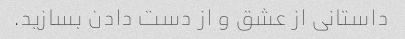
داستانی از عشق و از دست دادن بسازید.